Indian journal of veterinary science and animal husbandry - Volume 12,
Year: 1942
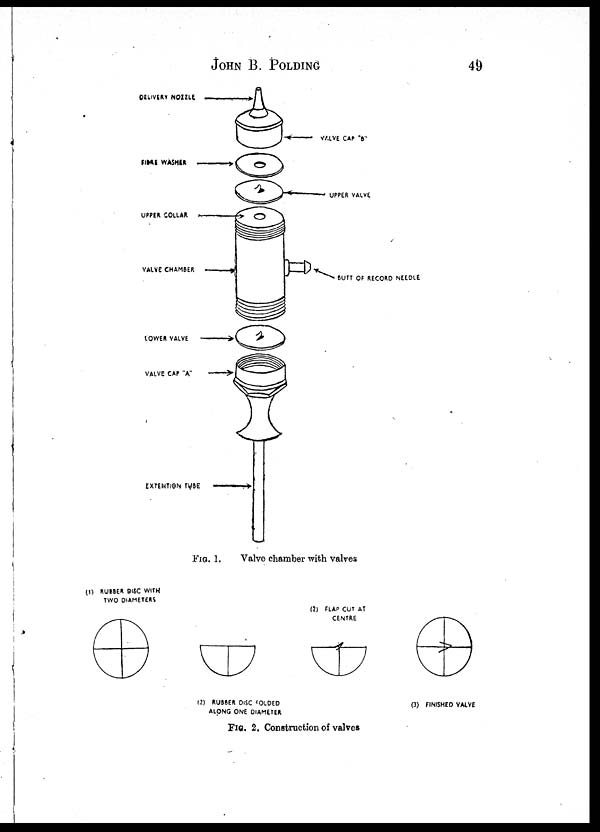
JOHN B. POLDING 49
FIG. 1.
Valve chamber with valves
FIG. 2. Construction of valves